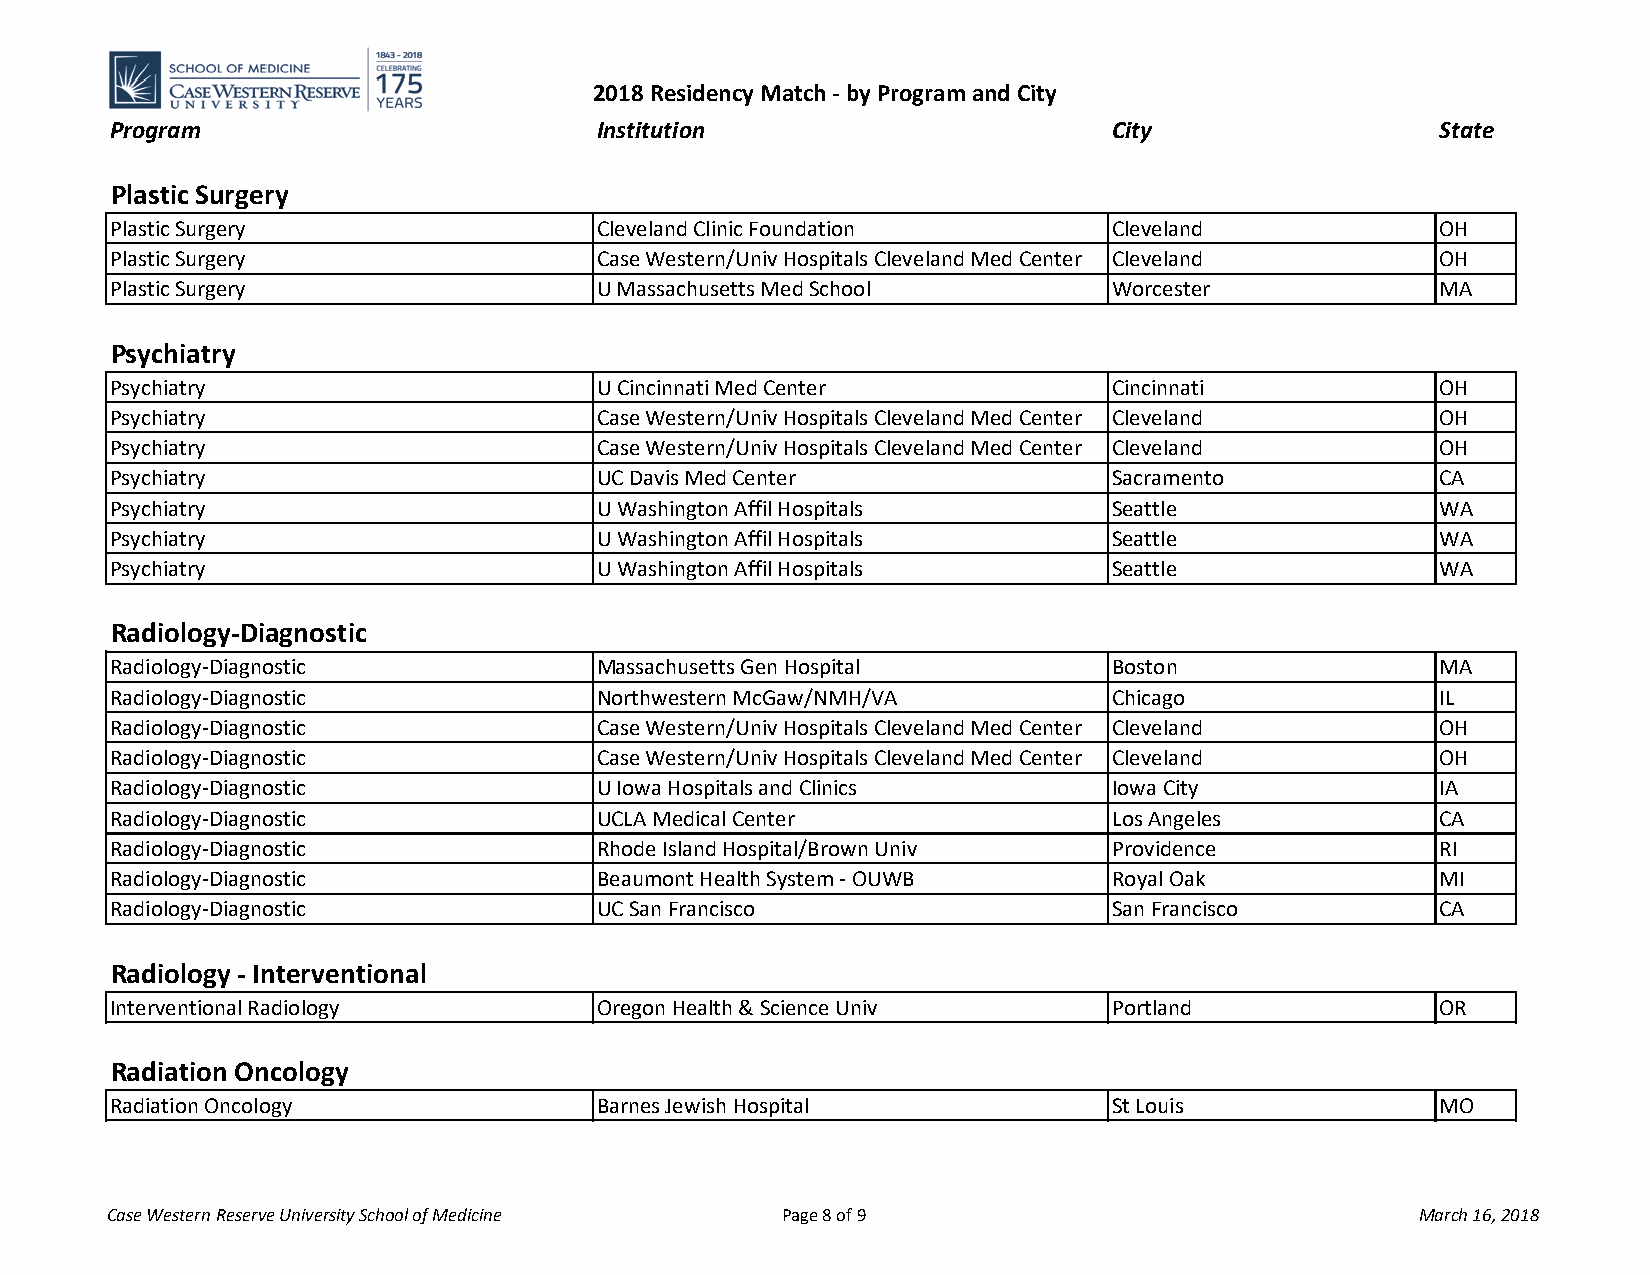
2018 Residency Match - by Program and City
 Program                         Institution                       City                  State
 Plastic Surgery
 Plastic Surgery                 Cleveland Clinic Foundation       Cleveland             OH
 Plastic Surgery                 Case Western/Univ Hospitals Cleveland Med Center Cleveland OH
 Plastic Surgery                 U Massachusetts Med School        Worcester             MA
 Psychiatry
 Psychiatry                      U Cincinnati Med Center           Cincinnati            OH
 Psychiatry                      Case Western/Univ Hospitals Cleveland Med Center Cleveland OH
 Psychiatry                      Case Western/Univ Hospitals Cleveland Med Center Cleveland OH
 Psychiatry                      UC Davis Med Center               Sacramento            CA
 Psychiatry                      U Washington Affil Hospitals      Seattle               WA
 Psychiatry                      U Washington Affil Hospitals      Seattle               WA
 Psychiatry                      U Washington Affil Hospitals      Seattle               WA
 Radiology-Diagnostic
 Radiology-Diagnostic            Massachusetts Gen Hospital        Boston                MA
 Radiology-Diagnostic            Northwestern McGaw/NMH/VA         Chicago               IL
 Radiology-Diagnostic            Case Western/Univ Hospitals Cleveland Med Center Cleveland OH
 Radiology-Diagnostic            Case Western/Univ Hospitals Cleveland Med Center Cleveland OH
 Radiology-Diagnostic            U Iowa Hospitals and Clinics      Iowa City             IA
 Radiology-Diagnostic            UCLA Medical Center               Los Angeles           CA
 Radiology-Diagnostic            Rhode Island Hospital/Brown Univ  Providence            RI
 Radiology-Diagnostic            Beaumont Health System - OUWB     Royal Oak             MI
 Radiology-Diagnostic            UC San Francisco                  San Francisco         CA
 Radiology - Interventional
 Interventional Radiology        Oregon Health & Science Univ      Portland              OR
 Radiation Oncology
 Radiation Oncology              Barnes Jewish Hospital            St Louis              MO
 Case Western Reserve University School of Medicine Page 8 of 9                         March 16, 2018